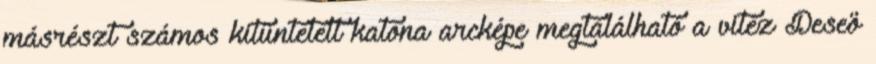
másrészt számos kitüntetett katona arcképe megtalálható a vitéz Deseö